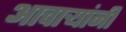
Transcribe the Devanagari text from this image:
आचार्‍यांनी